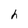
Character: h